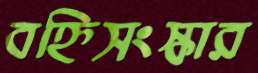
বহ্নিসংস্কার